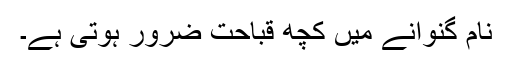
نام گنوانے میں کچھ قباحت ضرور ہوتی ہے۔